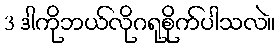
3 ဒါကိုဘယ်လိုဂရုစိုက်ပါသလဲ။